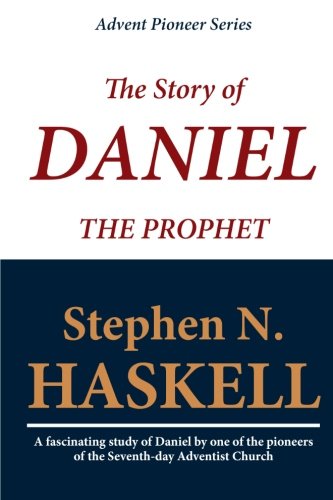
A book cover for The Story of Daniel the Prophet; Stephen N. Haskell; Christian Books & Bibles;